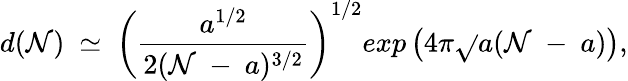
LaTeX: d(\mathcal{N})~\simeq~\left(\frac{{a^{1/2}}}{{2(\mathcal{N}~-~a)^{3/2}}}\right)^{1/2}exp\left(4\pi{\sqrt{}{{a(\mathcal{N}~-~a)}}}\right),